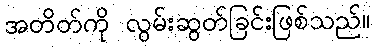
အတိတ်ကို လွမ်းဆွတ်ခြင်းဖြစ်သည်။